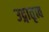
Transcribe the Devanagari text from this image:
उद्गातृत्व